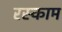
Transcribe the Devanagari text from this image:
रस्काम